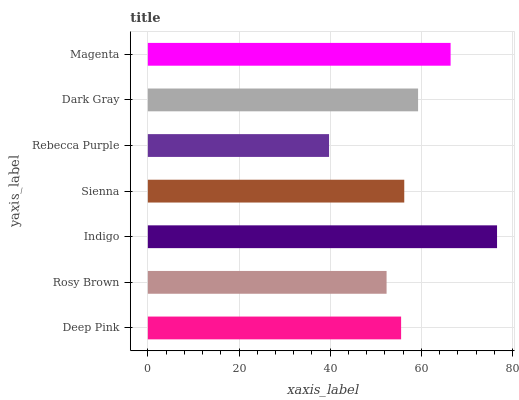
| yaxis_label | bars |
 | --- | --- |
 | Deep Pink | 55.6 |
 | Rosy Brown | 52.4 |
 | Indigo | 76.6 |
 | Sienna | 56.2 |
 | Rebecca Purple | 39.7 |
 | Dark Gray | 59.3 |
 | Magenta | 66.4 |